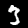
Label: 3